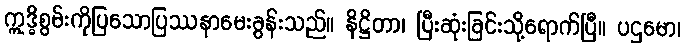
ဣဒ္ဓိစွမ်းကိုပြသောပြဿနာမေးခွန်းသည်။ နိဋ္ဌိတာ၊ ပြီးဆုံးခြင်းသို့ရောက်ပြီ။ ပဌမော၊